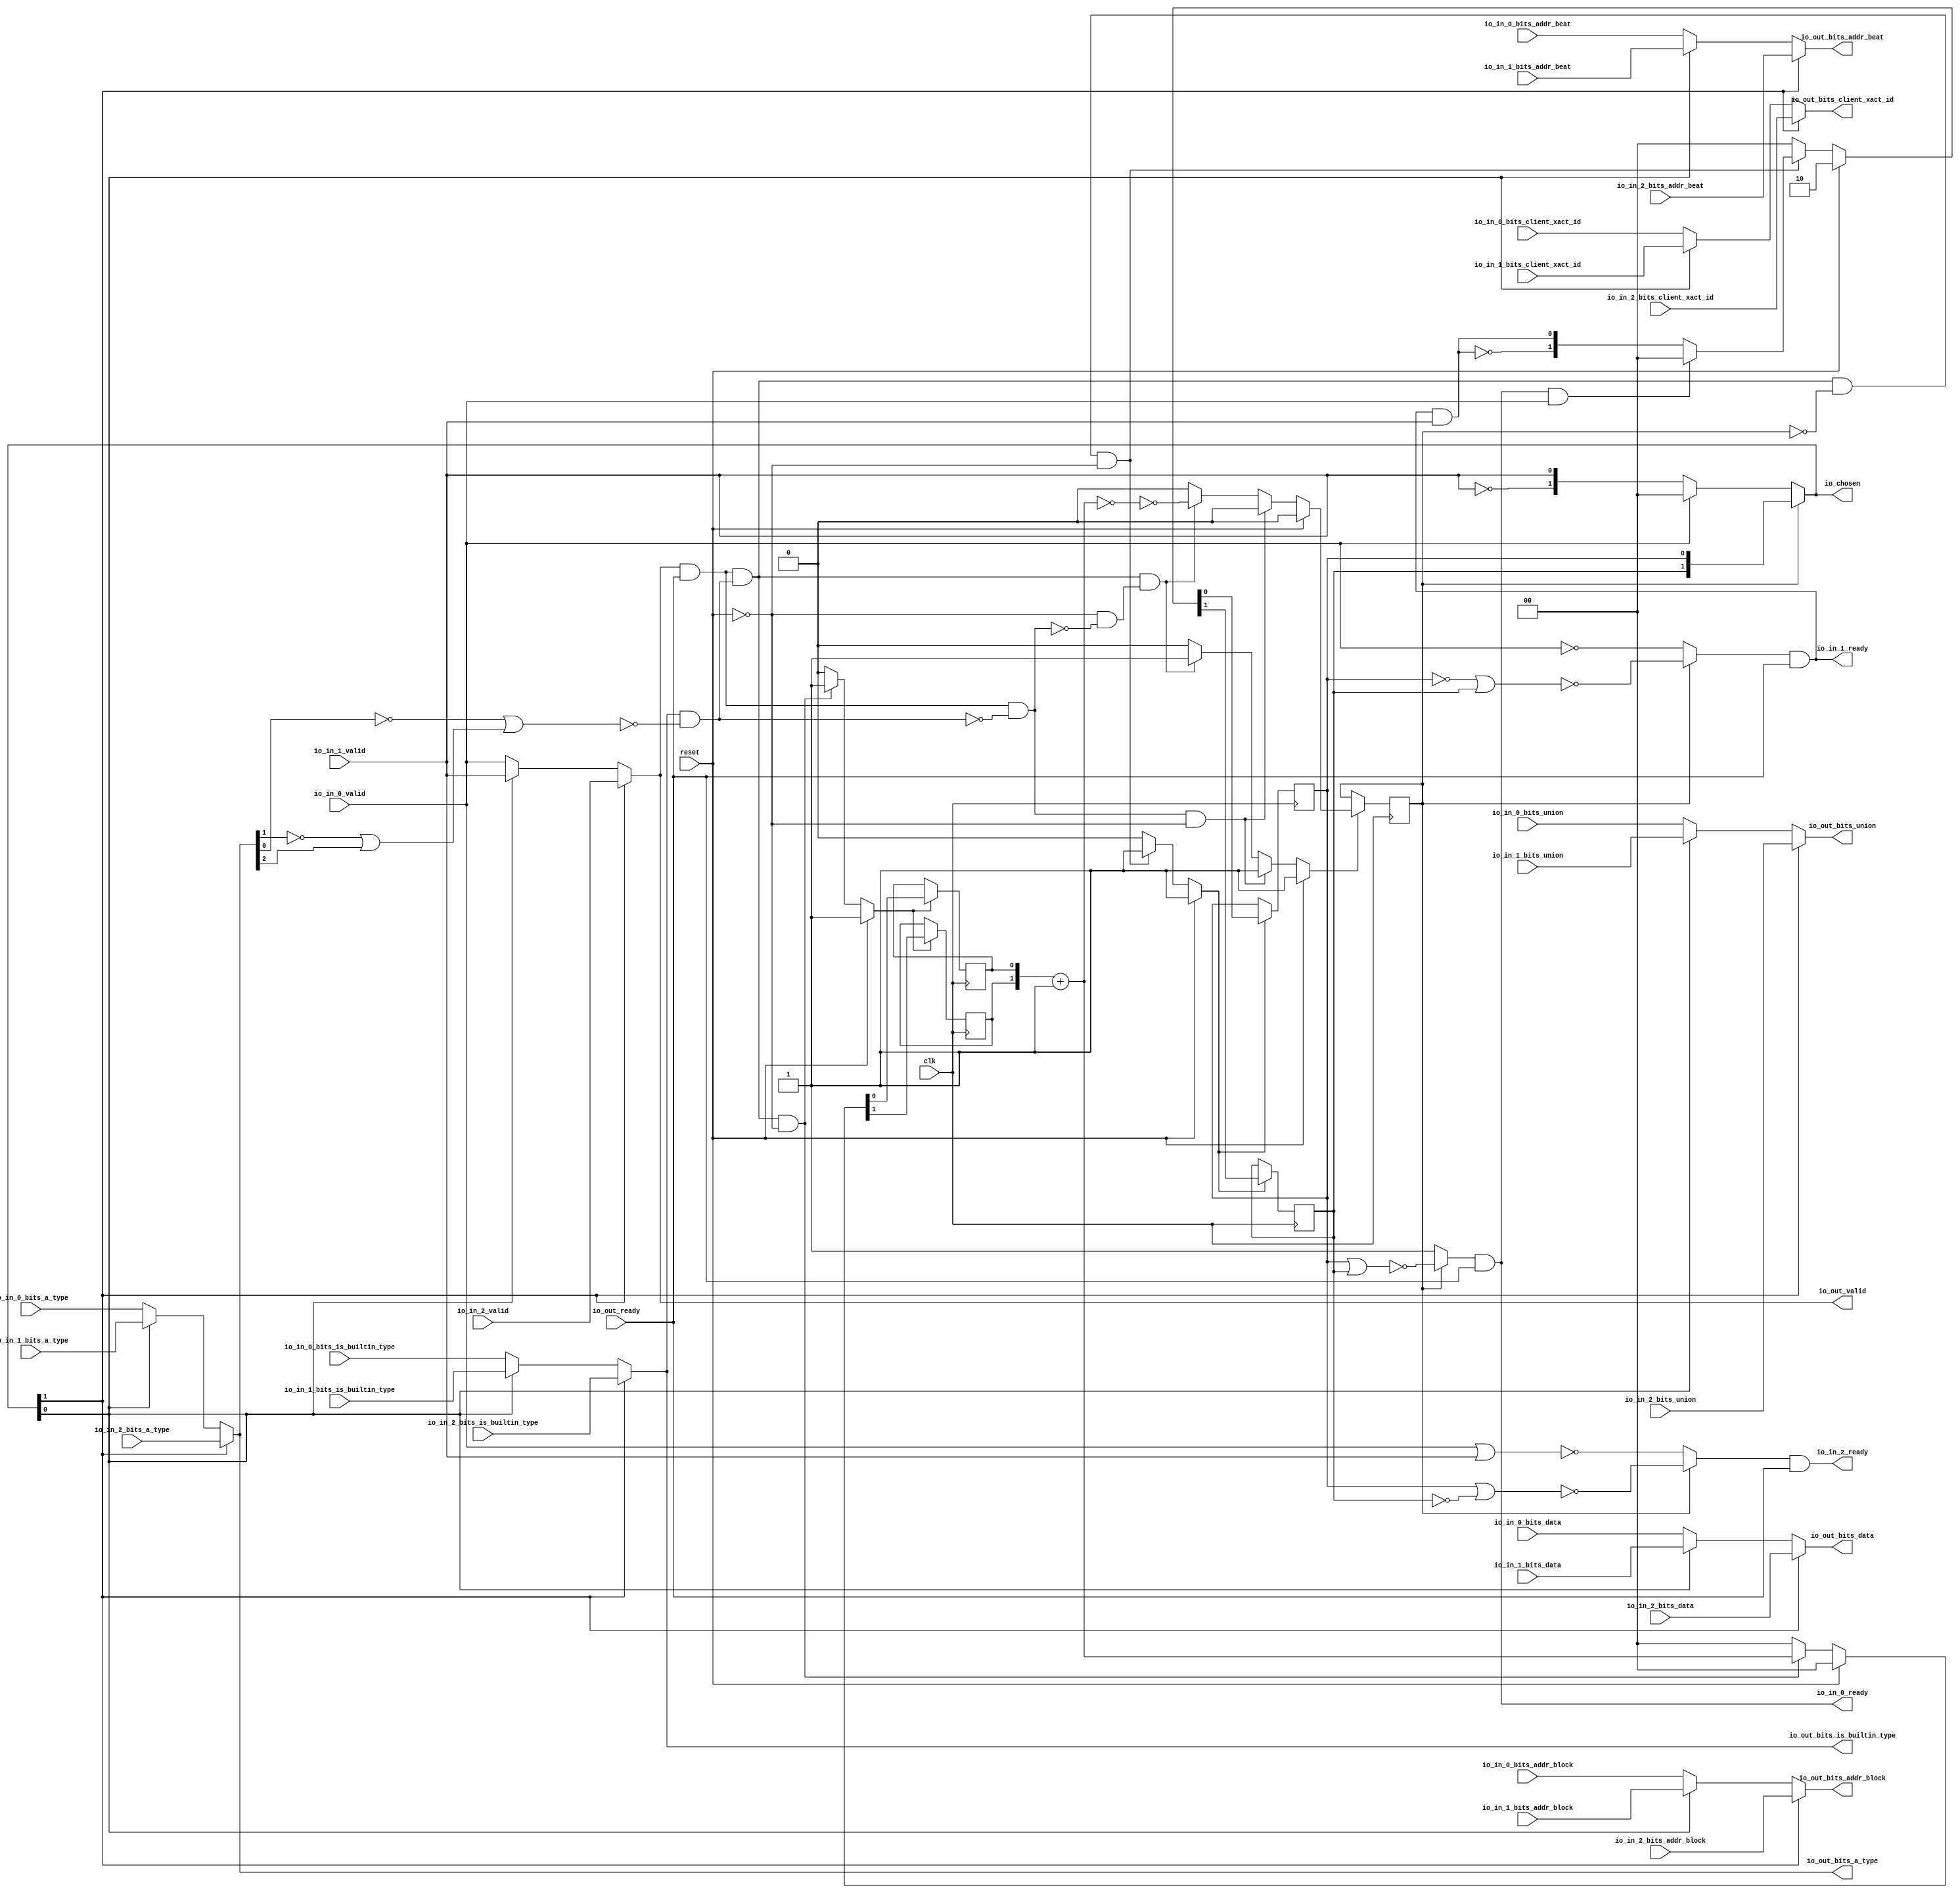
// This program was cloned from: https://github.com/NYU-MLDA/OpenABC
// License: BSD 3-Clause "New" or "Revised" License

module LockingArbiter_1
(
  clk,
  reset,
  io_in_2_ready,
  io_in_2_valid,
  io_in_2_bits_addr_block,
  io_in_2_bits_client_xact_id,
  io_in_2_bits_addr_beat,
  io_in_2_bits_is_builtin_type,
  io_in_2_bits_a_type,
  io_in_2_bits_union,
  io_in_2_bits_data,
  io_in_1_ready,
  io_in_1_valid,
  io_in_1_bits_addr_block,
  io_in_1_bits_client_xact_id,
  io_in_1_bits_addr_beat,
  io_in_1_bits_is_builtin_type,
  io_in_1_bits_a_type,
  io_in_1_bits_union,
  io_in_1_bits_data,
  io_in_0_ready,
  io_in_0_valid,
  io_in_0_bits_addr_block,
  io_in_0_bits_client_xact_id,
  io_in_0_bits_addr_beat,
  io_in_0_bits_is_builtin_type,
  io_in_0_bits_a_type,
  io_in_0_bits_union,
  io_in_0_bits_data,
  io_out_ready,
  io_out_valid,
  io_out_bits_addr_block,
  io_out_bits_client_xact_id,
  io_out_bits_addr_beat,
  io_out_bits_is_builtin_type,
  io_out_bits_a_type,
  io_out_bits_union,
  io_out_bits_data,
  io_chosen
);

  input [25:0] io_in_2_bits_addr_block;
  input [5:0] io_in_2_bits_client_xact_id;
  input [1:0] io_in_2_bits_addr_beat;
  input [2:0] io_in_2_bits_a_type;
  input [16:0] io_in_2_bits_union;
  input [127:0] io_in_2_bits_data;
  input [25:0] io_in_1_bits_addr_block;
  input [5:0] io_in_1_bits_client_xact_id;
  input [1:0] io_in_1_bits_addr_beat;
  input [2:0] io_in_1_bits_a_type;
  input [16:0] io_in_1_bits_union;
  input [127:0] io_in_1_bits_data;
  input [25:0] io_in_0_bits_addr_block;
  input [5:0] io_in_0_bits_client_xact_id;
  input [1:0] io_in_0_bits_addr_beat;
  input [2:0] io_in_0_bits_a_type;
  input [16:0] io_in_0_bits_union;
  input [127:0] io_in_0_bits_data;
  output [25:0] io_out_bits_addr_block;
  output [5:0] io_out_bits_client_xact_id;
  output [1:0] io_out_bits_addr_beat;
  output [2:0] io_out_bits_a_type;
  output [16:0] io_out_bits_union;
  output [127:0] io_out_bits_data;
  output [1:0] io_chosen;
  input clk;
  input reset;
  input io_in_2_valid;
  input io_in_2_bits_is_builtin_type;
  input io_in_1_valid;
  input io_in_1_bits_is_builtin_type;
  input io_in_0_valid;
  input io_in_0_bits_is_builtin_type;
  input io_out_ready;
  output io_in_2_ready;
  output io_in_1_ready;
  output io_in_0_ready;
  output io_out_valid;
  output io_out_bits_is_builtin_type;
  wire [25:0] io_out_bits_addr_block,T48;
  wire [5:0] io_out_bits_client_xact_id,T44;
  wire [1:0] io_out_bits_addr_beat,io_chosen,choose,T1,T3,T4,T17,T40;
  wire [2:0] io_out_bits_a_type,T32;
  wire [16:0] io_out_bits_union,T28;
  wire [127:0] io_out_bits_data,T23;
  wire io_in_2_ready,io_in_1_ready,io_in_0_ready,io_out_valid,
  io_out_bits_is_builtin_type,N0,N1,N2,N3,N4,N5,N6,N7,N8,N9,N10,N11,N12,N13,T7,T6,N14,T5,N15,T9,T8,T12,T10,
  T20,T15,T16,T21,N16,N17,T36,T52,T56,T59,T60,T63,T64,T65,N18,N19,N20,N21,N22,N23,
  N24,N25,N26,N27,N28,N29,N30,N31,N32,N33,N34,N35,N36,N37,N38,N39,N40,N41,N42,N43,
  N44,N45,N46,N47,N48,N49,N50,N51,N52;
  reg [1:0] lockIdx,R18;
  reg locked;
  assign T16 = T17 == 1'b0;

  always @(posedge clk) begin
    if(N20) begin
      lockIdx[1] <= N22;
    end 
  end


  always @(posedge clk) begin
    if(N20) begin
      lockIdx[0] <= N21;
    end 
  end


  always @(posedge clk) begin
    if(N26) begin
      locked <= N27;
    end 
  end


  always @(posedge clk) begin
    if(N30) begin
      R18[1] <= N32;
    end 
  end


  always @(posedge clk) begin
    if(N30) begin
      R18[0] <= N31;
    end 
  end

  assign N40 = ~lockIdx[1];
  assign N41 = lockIdx[0] | N40;
  assign N42 = ~N41;
  assign N43 = lockIdx[0] | lockIdx[1];
  assign N44 = ~N43;
  assign N45 = ~lockIdx[0];
  assign N46 = N45 | lockIdx[1];
  assign N47 = ~N46;
  assign N48 = ~io_out_bits_a_type[1];
  assign N49 = ~io_out_bits_a_type[0];
  assign N50 = N48 | io_out_bits_a_type[2];
  assign N51 = N49 | N50;
  assign N52 = ~N51;
  assign T17 = R18 + 1'b1;
  assign io_chosen = (N0)? lockIdx : 
                     (N1)? choose : 1'b0;
  assign N0 = locked;
  assign N1 = N11;
  assign choose = (N2)? { 1'b0, 1'b0 } : 
                  (N3)? T1 : 1'b0;
  assign N2 = io_in_0_valid;
  assign N3 = N12;
  assign T3 = (N4)? { 1'b0, 1'b0 } : 
              (N5)? T4 : 1'b0;
  assign N4 = T6;
  assign N5 = N14;
  assign io_out_bits_data = (N6)? io_in_2_bits_data : 
                            (N7)? T23 : 1'b0;
  assign N6 = io_chosen[1];
  assign N7 = N16;
  assign T23 = (N8)? io_in_1_bits_data : 
               (N9)? io_in_0_bits_data : 1'b0;
  assign N8 = io_chosen[0];
  assign N9 = N17;
  assign io_out_bits_union = (N6)? io_in_2_bits_union : 
                             (N7)? T28 : 1'b0;
  assign T28 = (N8)? io_in_1_bits_union : 
               (N9)? io_in_0_bits_union : 1'b0;
  assign io_out_bits_a_type = (N6)? io_in_2_bits_a_type : 
                              (N7)? T32 : 1'b0;
  assign T32 = (N8)? io_in_1_bits_a_type : 
               (N9)? io_in_0_bits_a_type : 1'b0;
  assign io_out_bits_is_builtin_type = (N6)? io_in_2_bits_is_builtin_type : 
                                       (N7)? T36 : 1'b0;
  assign T36 = (N8)? io_in_1_bits_is_builtin_type : 
               (N9)? io_in_0_bits_is_builtin_type : 1'b0;
  assign io_out_bits_addr_beat = (N6)? io_in_2_bits_addr_beat : 
                                 (N7)? T40 : 1'b0;
  assign T40 = (N8)? io_in_1_bits_addr_beat : 
               (N9)? io_in_0_bits_addr_beat : 1'b0;
  assign io_out_bits_client_xact_id = (N6)? io_in_2_bits_client_xact_id : 
                                      (N7)? T44 : 1'b0;
  assign T44 = (N8)? io_in_1_bits_client_xact_id : 
               (N9)? io_in_0_bits_client_xact_id : 1'b0;
  assign io_out_bits_addr_block = (N6)? io_in_2_bits_addr_block : 
                                  (N7)? T48 : 1'b0;
  assign T48 = (N8)? io_in_1_bits_addr_block : 
               (N9)? io_in_0_bits_addr_block : 1'b0;
  assign io_out_valid = (N6)? io_in_2_valid : 
                        (N7)? T52 : 1'b0;
  assign T52 = (N8)? io_in_1_valid : 
               (N9)? io_in_0_valid : 1'b0;
  assign T56 = (N0)? N44 : 
               (N1)? 1'b1 : 1'b0;
  assign T59 = (N0)? N47 : 
               (N1)? T60 : 1'b0;
  assign T63 = (N0)? N42 : 
               (N1)? T64 : 1'b0;
  assign N20 = (N10)? 1'b1 : 
               (N34)? 1'b1 : 
               (N19)? 1'b0 : 1'b0;
  assign N10 = reset;
  assign { N22, N21 } = (N10)? { 1'b1, 1'b0 } : 
                        (N34)? T3 : 1'b0;
  assign N26 = (N10)? 1'b1 : 
               (N35)? 1'b1 : 
               (N38)? 1'b1 : 
               (N25)? 1'b0 : 1'b0;
  assign N27 = (N10)? 1'b0 : 
               (N35)? 1'b0 : 
               (N38)? T15 : 1'b0;
  assign N30 = (N10)? 1'b1 : 
               (N39)? 1'b1 : 
               (N29)? 1'b0 : 1'b0;
  assign { N32, N31 } = (N10)? { 1'b0, 1'b0 } : 
                        (N39)? T17 : 1'b0;
  assign N11 = ~locked;
  assign N12 = ~io_in_0_valid;
  assign N13 = ~io_in_1_valid;
  assign T1[0] = io_in_1_valid;
  assign T1[1] = N13;
  assign N14 = ~T6;
  assign N15 = ~T5;
  assign T4[0] = T5;
  assign T4[1] = N15;
  assign T5 = io_in_1_ready & io_in_1_valid;
  assign T6 = io_in_0_ready & io_in_0_valid;
  assign T7 = T9 & T8;
  assign T8 = ~locked;
  assign T9 = T12 & T10;
  assign T10 = io_out_bits_is_builtin_type & N52;
  assign T12 = io_out_valid & io_out_ready;
  assign T15 = ~T16;
  assign T20 = T12 & T21;
  assign T21 = ~T10;
  assign N16 = ~io_chosen[1];
  assign N17 = ~io_chosen[0];
  assign io_in_0_ready = T56 & io_out_ready;
  assign io_in_1_ready = T59 & io_out_ready;
  assign T60 = ~io_in_0_valid;
  assign io_in_2_ready = T63 & io_out_ready;
  assign T64 = ~T65;
  assign T65 = io_in_0_valid | io_in_1_valid;
  assign N18 = T7 | reset;
  assign N19 = ~N18;
  assign N23 = T20 | reset;
  assign N24 = T9 | N23;
  assign N25 = ~N24;
  assign N28 = T9 | reset;
  assign N29 = ~N28;
  assign N33 = ~reset;
  assign N34 = T7 & N33;
  assign N35 = T20 & N33;
  assign N36 = ~T20;
  assign N37 = N33 & N36;
  assign N38 = T9 & N37;
  assign N39 = T9 & N33;

endmodule